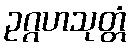
ဥဂ္ဂဟသုတ္တံ